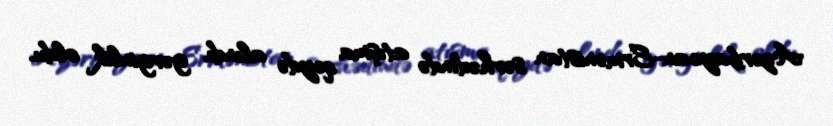
Azərbaycan-Ermənistan sərhədində atışma qeydə alındı, gərginlik oldu.